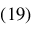
_ { ( 1 9 ) }